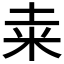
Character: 𥸮